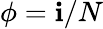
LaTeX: \phi=\mathbf{i}/N